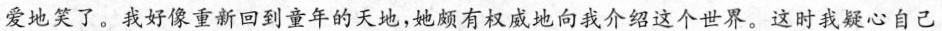
爱地笑了。我好像重新回到童年的天地，她颇有权威地向我介绍这个世界。这时我疑心自己